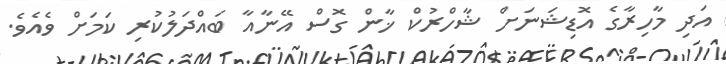
އަދި މާހިރާގެ އޮޑިޝަނަށް ޝާހްރުކް ޚާން ގޮސް އޭނާއާ ބައްދަލުކުރި ކަމަށް ވެއެވެ.